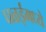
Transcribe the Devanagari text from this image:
घळईमध्ये